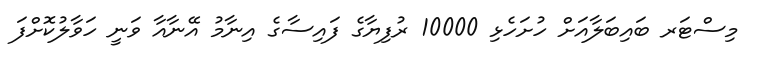
މިސްޓަރ ބައިބަލާއަށް ހުށަހެޅި 10000 ރުފިޔާގެ ފައިސާގެ އިނާމު އޭނާއާ ވަނީ ހަވާލުކޮށްފަ